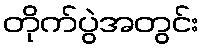
တိုက်ပွဲအတွင်း